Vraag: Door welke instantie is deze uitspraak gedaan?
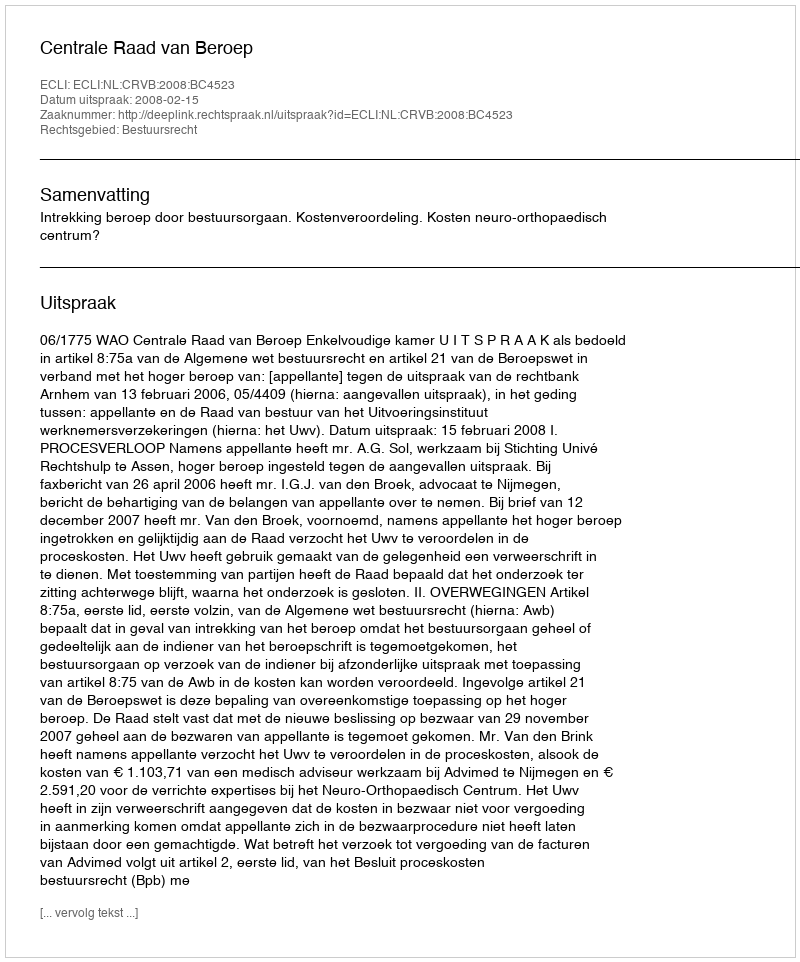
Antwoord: Centrale Raad van Beroep